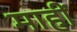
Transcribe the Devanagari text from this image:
माहीं